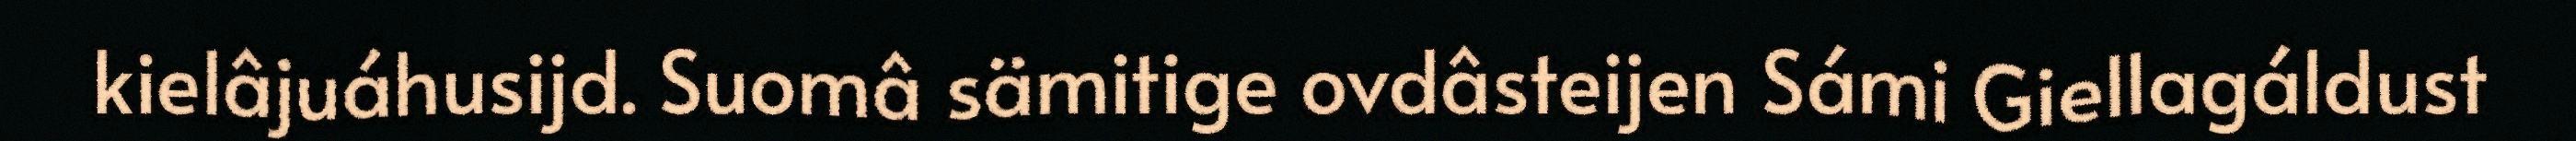
kielâjuáhusijd. Suomâ sämitige ovdâsteijen Sámi Giellagáldust